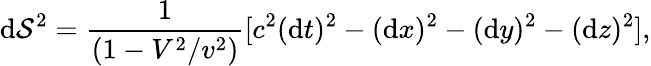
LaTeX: \mathrm{d}\mathcal{S}^{2}=\frac{{1}}{{\left(1-V^{2}/v^{2}\right)}}[c^{2}(\mathrm{d}t)^{2}-(\mathrm{d}x)^{2}-(\mathrm{d}y)^{2}-(\mathrm{d}z)^{2}],